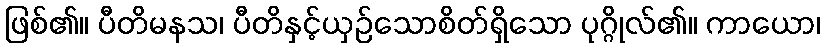
ဖြစ်၏။ ပီတိမနသ၊ ပီတိနှင့်ယှဉ်သောစိတ်ရှိသော ပုဂ္ဂိုလ်၏။ ကာယော၊